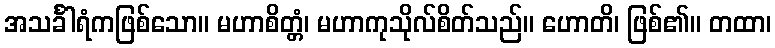
အသင်္ခါရံကဖြစ်သော။ မဟာစိတ္တံ၊ မဟာကုသိုလ်စိတ်သည်။ ဟောတိ၊ ဖြစ်၏။ တထာ၊